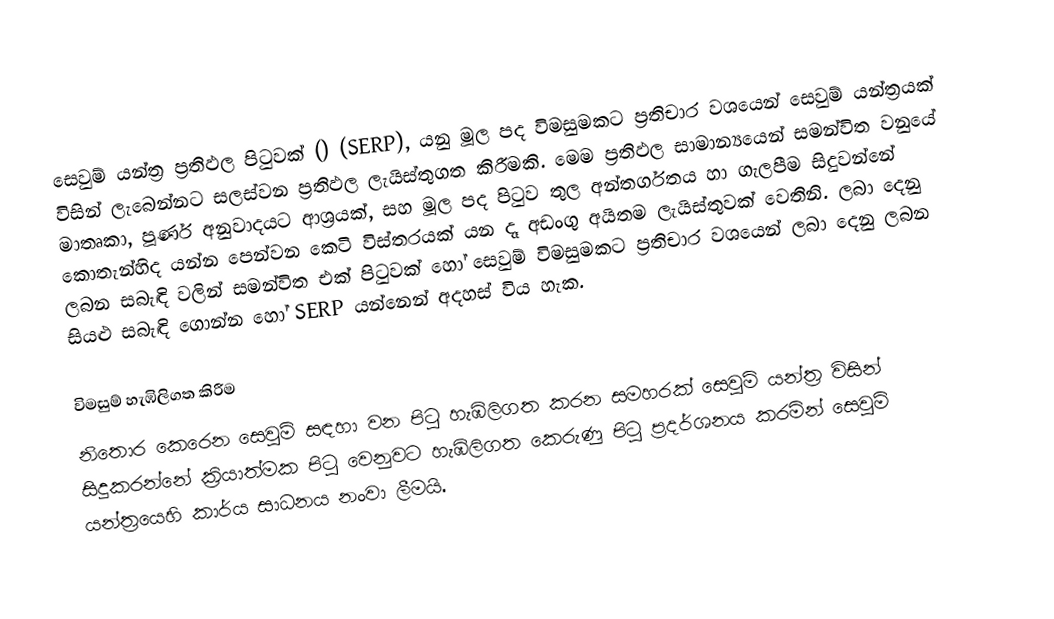
සෙවුම් යන්ත්‍ර ප්‍රතිඵල පිටුවක් () (SERP), යනු මූල පද විමසුමකට ප්‍රතිචාර වශයෙන් සෙවුම් යන්ත්‍රයක් විසින් ලැබෙන්නට සලස්වන ප්‍රතිඵල ලැයිස්තුගත කිරීමකි. මෙම ප්‍රතිඵල සාමාන්‍යයෙන් සමන්විත වනුයේ  මාතෘකා, පූර්ණ අනුවාදයට ආශ්‍රයක්, සහ මූල පද පිටුව තුල අන්තර්ගතය හා ගැලපීම සිදුවන්නේ කොතැන්හිද යන්න පෙන්වන කෙටි  විස්තරයක් යන දෑ අඩංගු අයිතම ලැයිස්තුවක් වෙතිනි. ලබා දෙනු ලබන සබැඳි වලින් සමන්විත එක් පිටුවක් හෝ සෙවුම් විමසුමකට ප්‍රතිචාර වශයෙන් ලබා දෙනු ලබන සියළු සබැඳි ගොන්න හෝ  SERP යන්නෙන් අදහස් විය හැක.

විමසුම් හැඹිලිගත කිරීම
නිතොර කෙරෙන සෙවුම් සඳහා වන පිටු හැඹිලිගත කරන   සමහරක් සෙවුම් යන්ත්‍ර විසින් සිදුකරන්නේ ක්‍රියාත්මක පිටු වෙනුවට හැඹිලිගත කෙරුණු පිටු ප්‍රදර්ශනය කරමින් සෙවුම් යන්ත්‍රයෙහි  කාර්ය සාධනය නංවා ලීමයි.